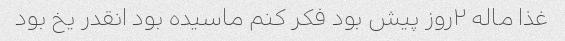
غذا ماله ۲روز پیش بود فکر کنم ماسیده بود انقدر یخ بود